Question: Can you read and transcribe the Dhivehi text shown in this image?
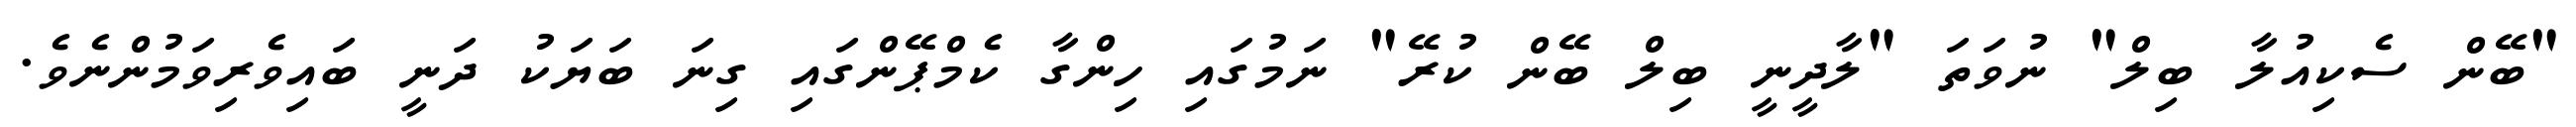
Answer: "ބޭން ސެކިއުލާ ބިލް" ނުވަތަ "ލާދީނީ ބިލް ބޭން ކުރޭ" ނަމުގައި ހިންގާ ކެމްޕޭންގައި ގިނަ ބަޔަކު ދަނީ ބައިވެރިވަމުންނެވެ.